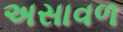
અસાવળ